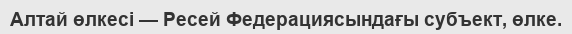
Алтай өлкесі — Ресей Федерациясындағы субъект, өлке.